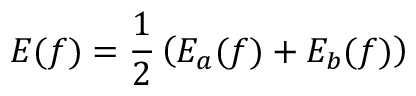
E ( f ) = { \frac { 1 } { 2 } } \left( E _ { a } ( f ) + E _ { b } ( f ) \right)